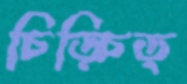
চিড়্‌চিড়্‌